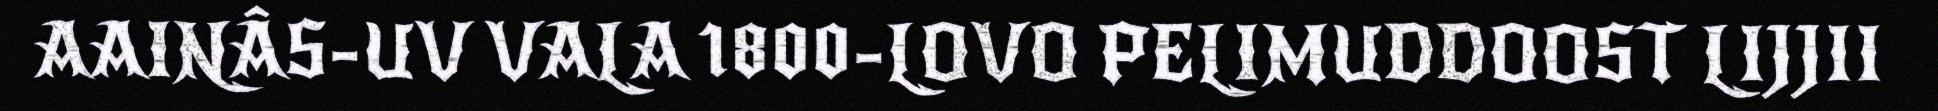
AAINÂS-UV VALA 1800-LOVO PELIMUDDOOST LIJJII